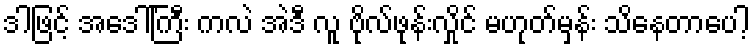
ဒါဖြင့် အဒေါ်ကြီး ကလဲ အဲဒီ လူ ဗိုလ်ဖုန်းလှိုင် မဟုတ်မှန်း သိနေတာပေါ့